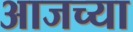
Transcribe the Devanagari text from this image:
अाजच्या